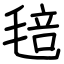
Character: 毰